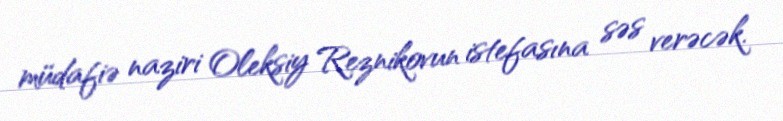
müdafiə naziri Oleksiy Reznikovun istefasına səs verəcək.